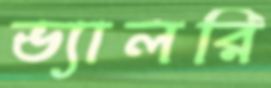
ভ্যালরি